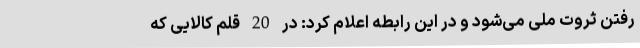
رفتن ثروت ملی می‌شود و در این رابطه اعلام کرد: در 20 قلم کالایی که